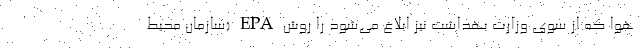
هوا که از سوی وزارت بهداشت نیز ابلاغ می‌شود را روش EPA (سازمان محیط